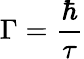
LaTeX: \Gamma={\frac{\hbar}{\tau}}